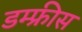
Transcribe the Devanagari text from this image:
डम्फ्रीस